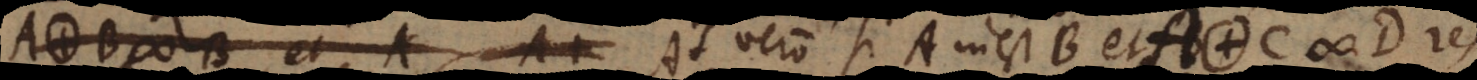
# B et A At vero si A inest B et A. C # D res